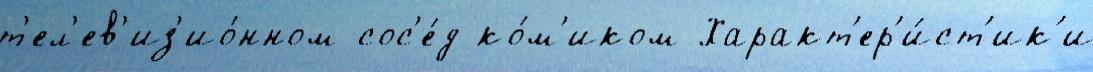
т'ел'ев'из'ио́нном сос'е́д ко́м'иком Характ'ер'и́ст'ик'и